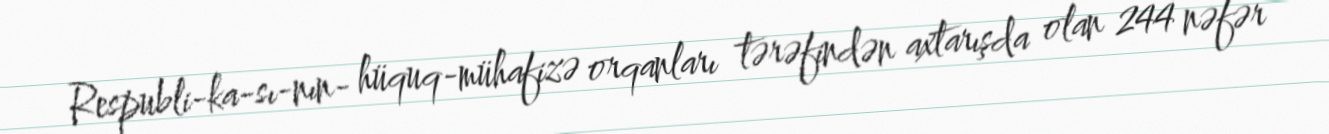
Respubli­ka­sı­nın­ hüquq-mühafizə orqanları tərəfindən axtarışda olan 244 nəfər